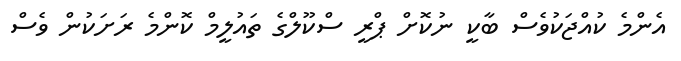
އެންމެ ކުއްޖަކުވެސް ބާކީ ނުކޮށް ޕްރީ ސްކޫލްގެ ތައުލީމް ކޮންމެ ރަށަކުން ވެސް